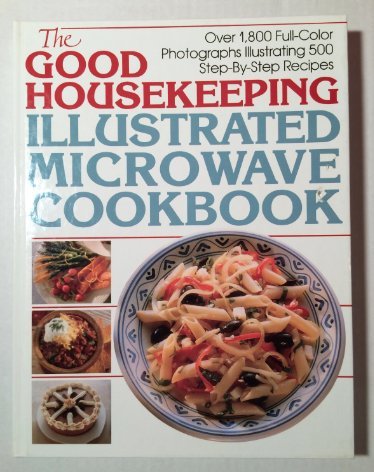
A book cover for the good housekeeping's illustrated microwave cookbook; joyce kenneally; Cookbooks, Food & Wine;